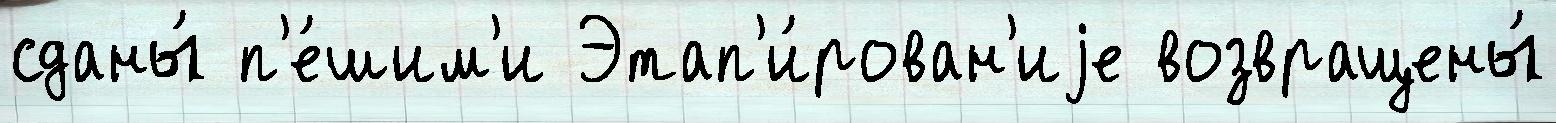
сданы́ п'е́шим'и Этап'и́рован'иjе возвращены́